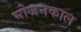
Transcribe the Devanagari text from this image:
भोजनकाल